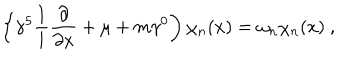
LaTeX: \left\{ \gamma ^ { 5 } \frac { 1 } { 1 } { i } \frac { \partial } { \partial x } + \mu + m \gamma ^ { 0 } \right) \chi _ { n } ( x ) = \omega _ { n } \chi _ { n } ( x ) \ ,